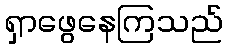
ရှာဖွေနေကြသည်